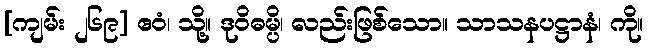
[ကျမ်း ၂၆၉] ဧဝံ၊ သို့။ ဒုဝိဓမ္ပိ၊ လည်းဖြစ်သော။ သာသနပဋ္ဌာနံ၊ ကို။